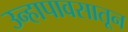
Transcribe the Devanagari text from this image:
उन्हापावसातून